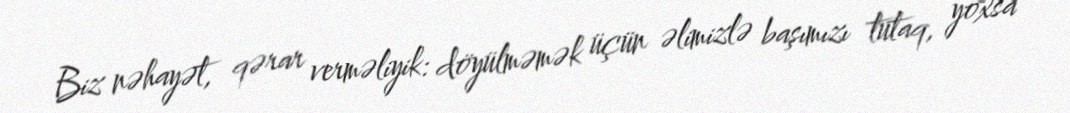
Biz nəhayət, qərar verməliyik: döyülməmək üçün əlimizlə başımızı tutaq, yoxsa